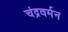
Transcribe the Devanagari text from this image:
चंद्रवर्मन